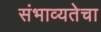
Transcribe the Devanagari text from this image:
संभाव्यतेचा